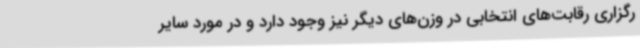
رگزاری رقابت‌های انتخابی در وزن‌های دیگر نیز وجود دارد و در مورد سایر